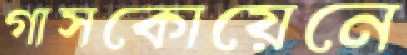
গাসকোয়েনে